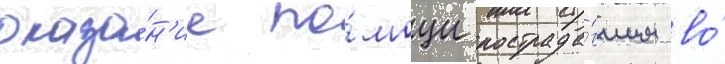
оказа́н'ие по́мощи пострада́вшим во́